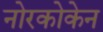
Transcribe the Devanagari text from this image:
नोरकोकेन